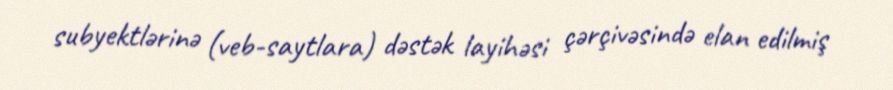
subyektlərinə (veb-saytlara) dəstək layihəsi çərçivəsində elan edilmiş